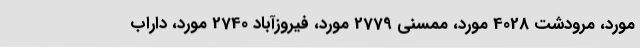
مورد، مرودشت 4028 مورد، ممسنی 2779 مورد، فیروزآباد 2740 مورد، داراب